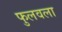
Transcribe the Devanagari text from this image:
फुलवला